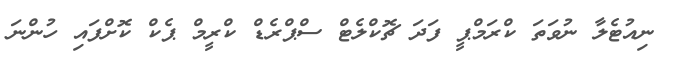
ނިއުޓެލާ ނުވަތަ ކްރަމްޕީ ފަދަ ޗޮކްލެޓް ސްޕްރެޑް ކްރީމް ޕެކް ކޮށްފައި ހުންނަ